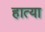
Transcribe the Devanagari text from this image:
हात्या